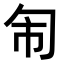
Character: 𭅈